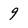
Character: 9